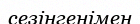
сезінгенімен